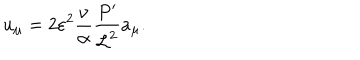
u _ { \mu } = 2 \varepsilon ^ { 2 } \frac { \nu } { \alpha } \frac { P ^ { \prime } } { { \cal L } ^ { 2 } } a _ { \mu } .